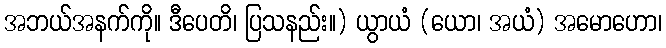
အဘယ်အနက်ကို။ ဒီပေတိ၊ ပြသနည်း။) ယွာယံ (ယော၊ အယံ) အမောဟော၊